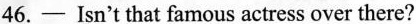
46.—— Isn't that famous actress over there?